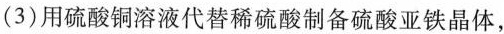
(3)用硫酸铜溶液代替稀硫酸制备硫酸亚铁晶体，